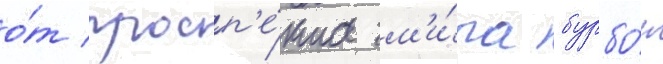
о́т просп'е́кта м'и́ра бурбо́н